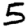
Digit: 5